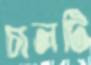
চালটি